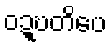
ဝဍ္ဎတိပေ